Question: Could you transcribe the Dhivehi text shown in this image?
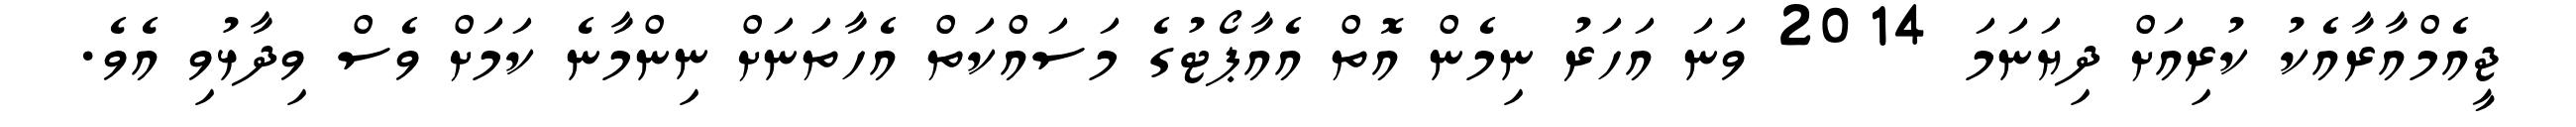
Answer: ޖީއެމްއާރާއެކު ކުރިއަށް ދިޔަނަމަ 2014 ވަނަ އަހަރު ނިމެން އޮތް އެއާޕޯޓުގެ މަސައްކަތް އެހާތަނަށް ނިންމާނެ ކަމަށް ވެސް ވިދާޅުވި އެވެ.